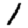
Digit: 1